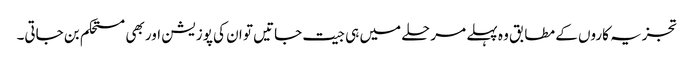
تجزیہ کاروں کے مطابق وہ پہلے مرحلے میں ہی جیت جاتیں تو ان کی پوزیشن اور بھی مستحکم بن جاتی۔